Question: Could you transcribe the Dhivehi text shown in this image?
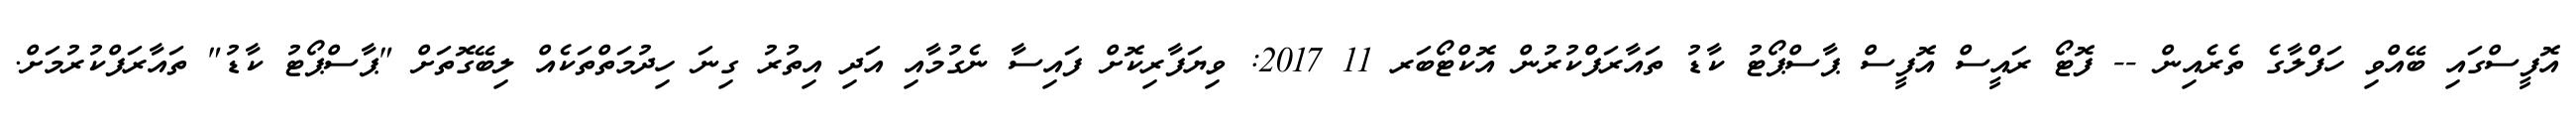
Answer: އޮފީސްގައި ބޭއްވި ހަފްލާގެ ތެރެއިން -- ފޮޓޯ ރައީސް އޮފީސް ޕާސްޕޯޓު ކާޑު ތައާރަފްކުރުން އޮކްޓޯބަރ 11 2017: ވިޔަފާރިކޮށް ފައިސާ ނެގުމާއި އަދި އިތުރު ގިނަ ހިދުމަތްތަކެއް ލިބޭގޮތަށް "ޕާސްޕޯޓު ކާޑު" ތައާރަފްކުރުމަށް.